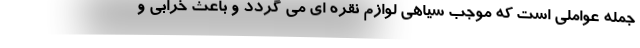
جمله عواملی است که موجب سیاهی لوازم نقره ای می گردد و باعث خرابی و